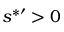
s ^ { * \prime } > 0